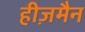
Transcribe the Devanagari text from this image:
हीज़मैन